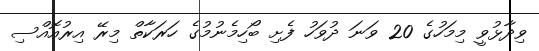
ވިދާޅުވީ މިމަހުގެ 20 ވަނަ ދުވަހު ފެށި ބޯހިމެނުމުގެ ހަރަކާތް މިރޭ އިރުއޮއްސި